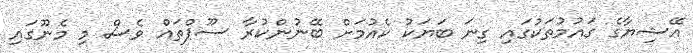
އޭޝިޔާގެ ގައުމުތަކުގައި ގިނަ ބަޔަކު ކެއުމަށް ބޭނުންކުރާ ސޫޕްތައް ވެސް މި މެނޫގައި